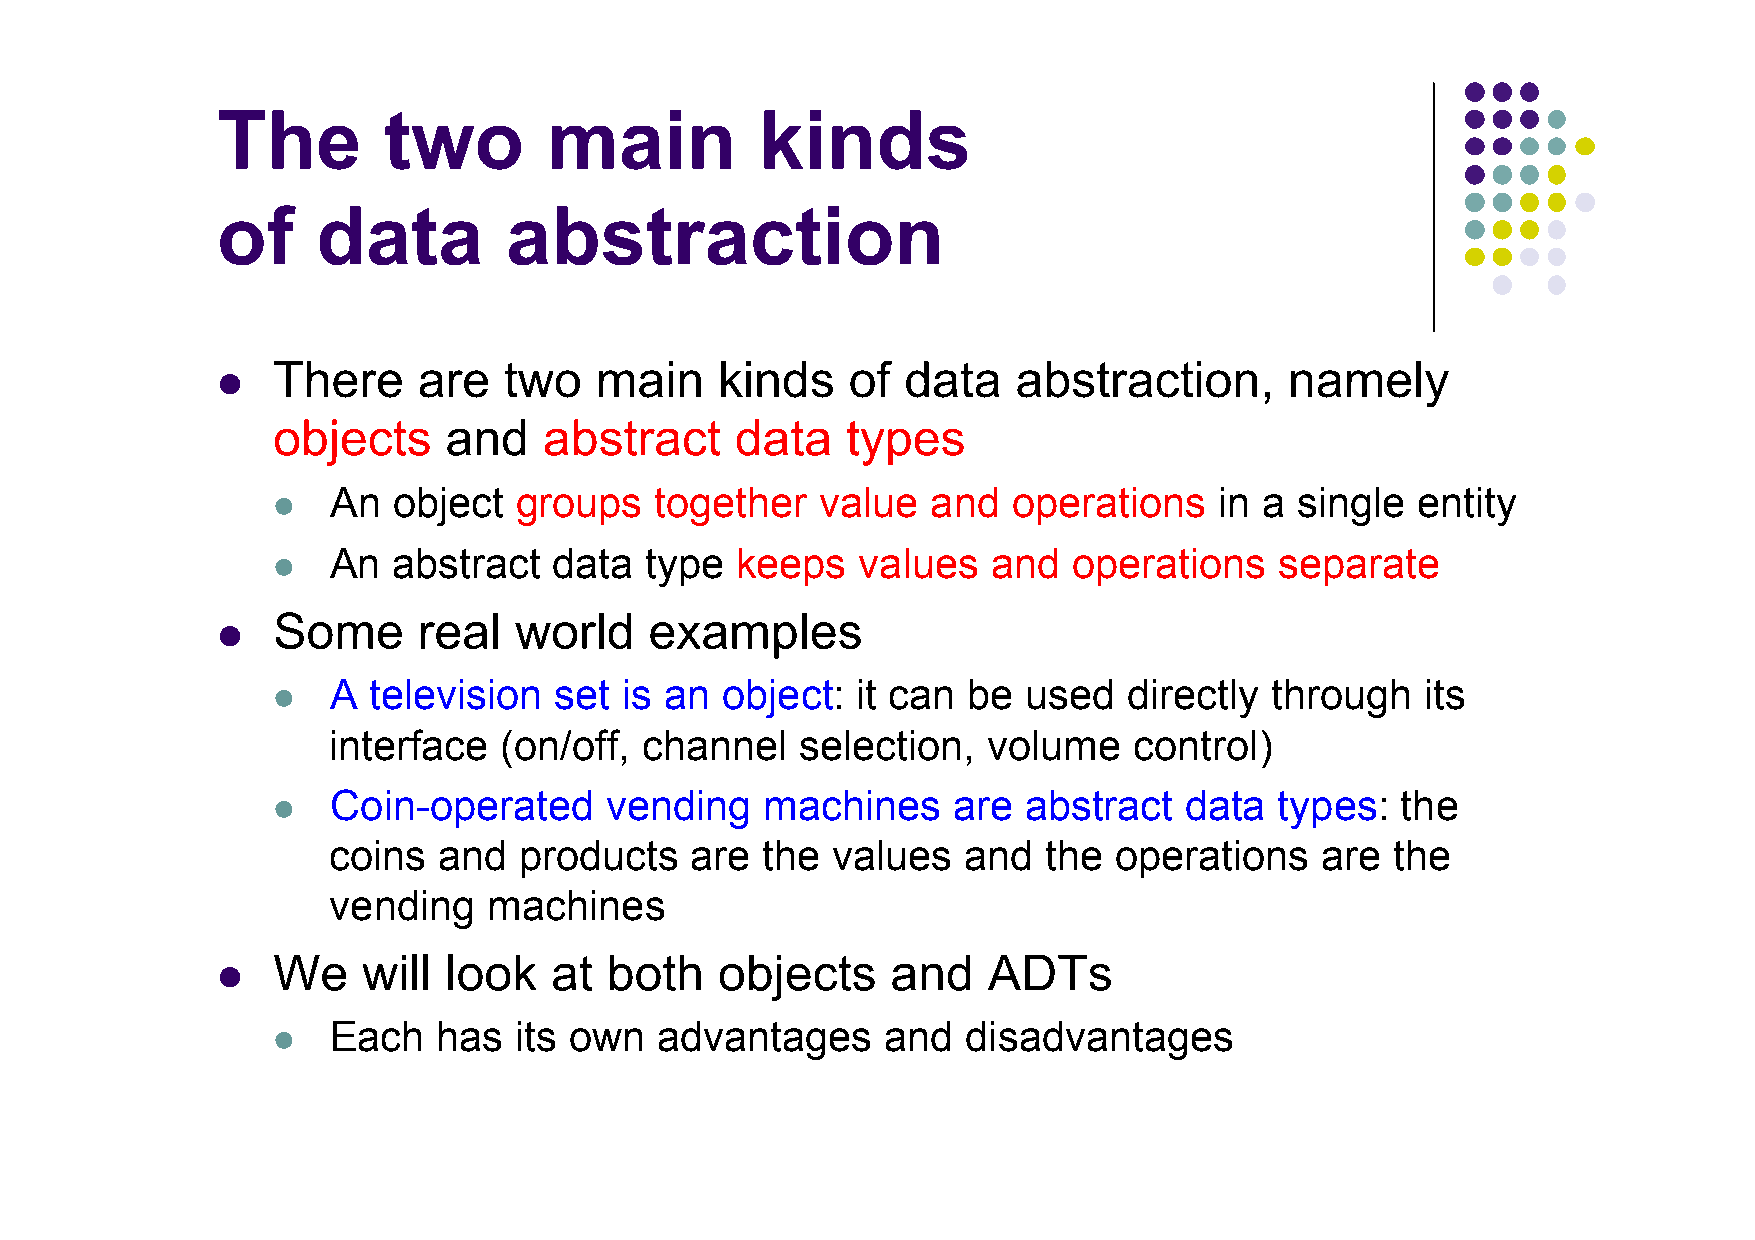
The        two        main          kinds
 of     data        abstraction
 There     are  two   main     kinds   of  data   abstraction,      namely
 l
 objects    and    abstract     data   types
 An  object  groups   together   value   and  operations    in a single  entity
 l
 An  abstract   data  type  keeps   values   and  operations    separate
 l
 Some      real  world    examples
 l
 A television   set is an  object:  it can be  used   directly through   its
 l
 interface  (on/off,  channel   selection,  volume    control)
 Coin-operated     vending    machines    are  abstract  data   types:  the
 l
 coins  and  products    are the  values   and  the  operations   are  the
 vending   machines
 We    will look   at  both    objects    and   ADTs
 l
 Each   has  its own  advantages      and  disadvantages
 l